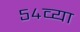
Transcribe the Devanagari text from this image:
५४व्या